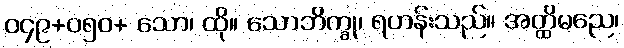
၀၄၉+၀၅၀+ သော၊ ထို။ သောဘိက္ခု၊ ရဟန်းသည်။ အတ္ထိမညေ၊